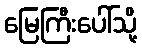
မြေကြီးပေါ်သို့